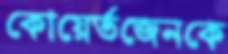
কোয়ের্তজেনকে